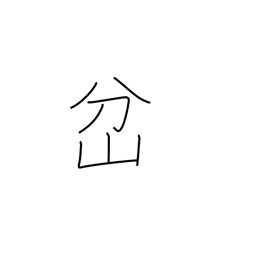
Meaning: fork in a road